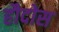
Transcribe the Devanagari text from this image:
हौदोस